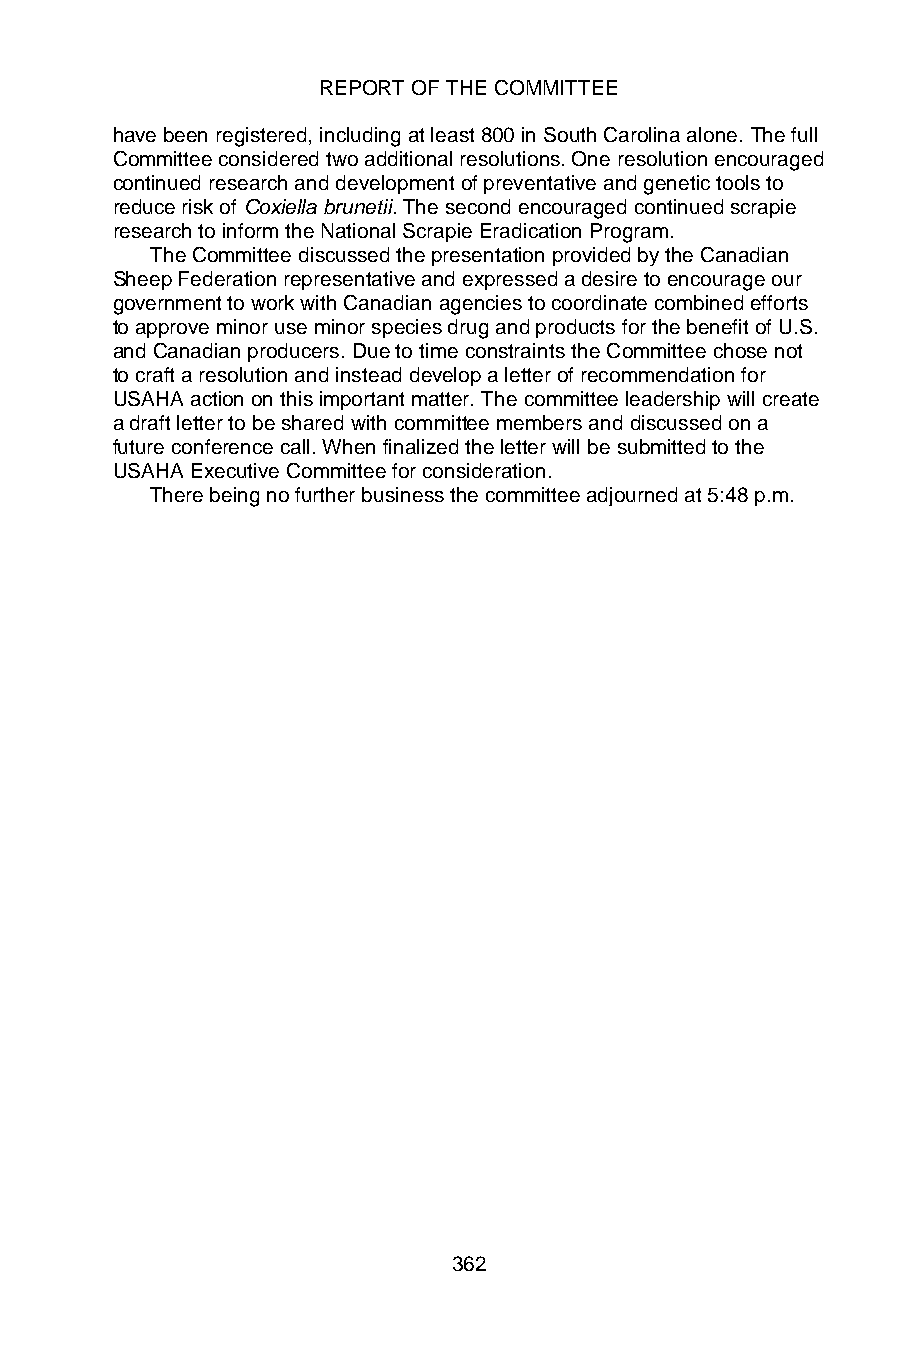
REPORT OF THE COMMITTEE
 have been registered, including at least 800 in South Carolina alone. The full
 Committee considered two additional resolutions. One resolution encouraged
 continued research and development of preventative and genetic tools to
 reduce risk of Coxiella brunetii. The second encouraged continued scrapie
 research to inform the National Scrapie Eradication Program.
 The Committee discussed the presentation provided by the Canadian
 Sheep Federation representative and expressed a desire to encourage our
 government to work with Canadian agencies to coordinate combined efforts
 to approve minor use minor species drug and products for the benefit of U.S.
 and Canadian producers. Due to time constraints the Committee chose not
 to craft a resolution and instead develop a letter of recommendation for
 USAHA action on this important matter. The committee leadership will create
 a draft letter to be shared with committee members and discussed on a
 future conference call. When finalized the letter will be submitted to the
 USAHA Executive Committee for consideration.
 There being no further business the committee adjourned at 5:48 p.m.
 362